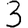
Digit: 3